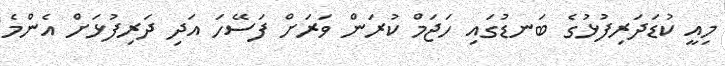
މިއީ ކުޑަދަރިފުޅުގެ ބަނޑުގައި ހަޖަމް ކުރަން ވަރަށް ފަސޭހަ އަދި ދަރިފުޅަށް އެންމެ